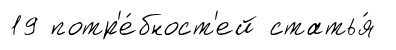
19 потр'е́бност'ей статья́